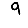
Digit: 9